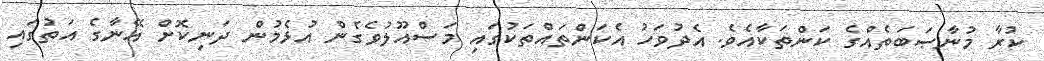
ކުރާ މުނާޞަބަތެއްގެ ކަންތަކާއެވެ. އެދުވަހު އެކަންތައްތަކުގައި މަސްއޫލުވެގެން އުޅެމުން ދަނިކޮށް އޭނާގެ އަތުގައި